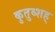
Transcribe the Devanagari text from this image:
कुतुब्शह्